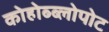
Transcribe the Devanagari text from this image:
कोहोब्ब्लोपोट